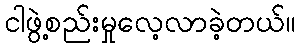
ငါဖွဲ့စည်းမှုလေ့လာခဲ့တယ်။